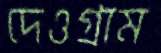
দেওগ্রাম